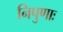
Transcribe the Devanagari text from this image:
निपुणाः